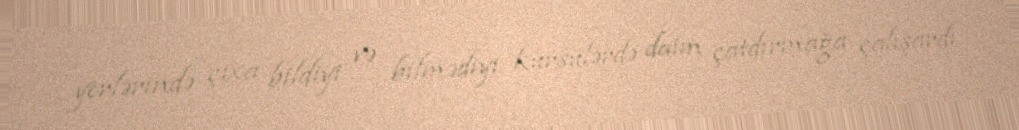
yerlərində çıxa bildiyi və bilmədiyi kürsülərdə daim çatdırmağa çalışardı.